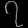
Digit: ၇